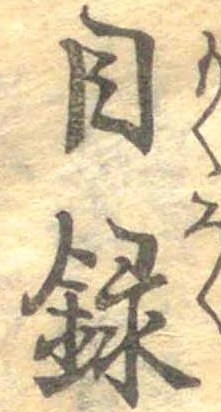
目録